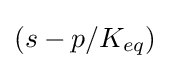
\left(s-p/K_{eq}\right)